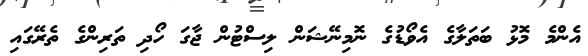
އެންމެ މޮޅު ބަތަލާގެ އެވޯޑުގެ ނޮމިނޭޝަން ލިސްޓުން ޖާގަ ހޯދި ތަރިންގެ ތެރޭގައި